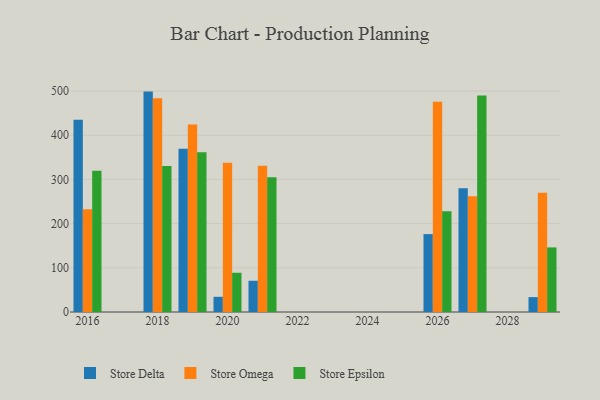
{"axis": {"x": "Year", "y": "Inventory Turnover"}, "legend": ["Store Delta", "Store Epsilon", "Store Omega"], "data": [{"x": "2021", "y": 70.7, "type": "Store Delta"}, {"x": "2021", "y": 330.9, "type": "Store Omega"}, {"x": "2021", "y": 304.9, "type": "Store Epsilon"}, {"x": "2019", "y": 369.5, "type": "Store Delta"}, {"x": "2019", "y": 424.4, "type": "Store Omega"}, {"x": "2019", "y": 361.7, "type": "Store Epsilon"}, {"x": "2018", "y": 498.8, "type": "Store Delta"}, {"x": "2018", "y": 483.9, "type": "Store Omega"}, {"x": "2018", "y": 330.6, "type": "Store Epsilon"}, {"x": "2027", "y": 279.9, "type": "Store Delta"}, {"x": "2027", "y": 261.7, "type": "Store Omega"}, {"x": "2027", "y": 490.0, "type": "Store Epsilon"}, {"x": "2029", "y": 33.7, "type": "Store Delta"}, {"x": "2029", "y": 269.9, "type": "Store Omega"}, {"x": "2029", "y": 146.2, "type": "Store Epsilon"}, {"x": "2020", "y": 34.4, "type": "Store Delta"}, {"x": "2020", "y": 337.8, "type": "Store Omega"}, {"x": "2020", "y": 88.8, "type": "Store Epsilon"}, {"x": "2026", "y": 176.3, "type": "Store Delta"}, {"x": "2026", "y": 475.9, "type": "Store Omega"}, {"x": "2026", "y": 228.2, "type": "Store Epsilon"}, {"x": "2016", "y": 434.9, "type": "Store Delta"}, {"x": "2016", "y": 232.6, "type": "Store Omega"}, {"x": "2016", "y": 319.4, "type": "Store Epsilon"}]}